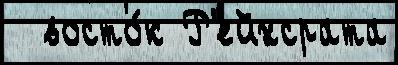
  восто́к Р'ейхсрата